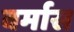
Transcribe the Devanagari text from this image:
वर्मास